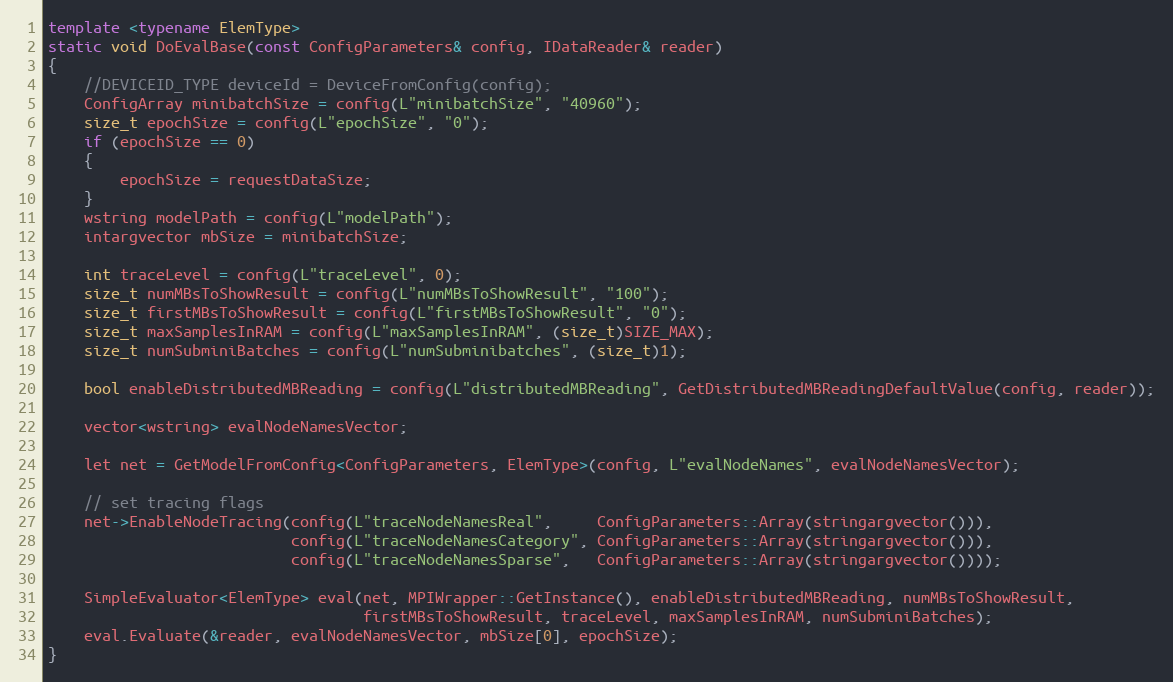
Language: C++
template <typename ElemType>
static void DoEvalBase(const ConfigParameters& config, IDataReader& reader)
{
    //DEVICEID_TYPE deviceId = DeviceFromConfig(config);
    ConfigArray minibatchSize = config(L"minibatchSize", "40960");
    size_t epochSize = config(L"epochSize", "0");
    if (epochSize == 0)
    {
        epochSize = requestDataSize;
    }
    wstring modelPath = config(L"modelPath");
    intargvector mbSize = minibatchSize;

    int traceLevel = config(L"traceLevel", 0);
    size_t numMBsToShowResult = config(L"numMBsToShowResult", "100");
    size_t firstMBsToShowResult = config(L"firstMBsToShowResult", "0");
    size_t maxSamplesInRAM = config(L"maxSamplesInRAM", (size_t)SIZE_MAX);
    size_t numSubminiBatches = config(L"numSubminibatches", (size_t)1);

    bool enableDistributedMBReading = config(L"distributedMBReading", GetDistributedMBReadingDefaultValue(config, reader));

    vector<wstring> evalNodeNamesVector;

    let net = GetModelFromConfig<ConfigParameters, ElemType>(config, L"evalNodeNames", evalNodeNamesVector);

    // set tracing flags
    net->EnableNodeTracing(config(L"traceNodeNamesReal",     ConfigParameters::Array(stringargvector())),
                           config(L"traceNodeNamesCategory", ConfigParameters::Array(stringargvector())),
                           config(L"traceNodeNamesSparse",   ConfigParameters::Array(stringargvector())));

    SimpleEvaluator<ElemType> eval(net, MPIWrapper::GetInstance(), enableDistributedMBReading, numMBsToShowResult,
                                   firstMBsToShowResult, traceLevel, maxSamplesInRAM, numSubminiBatches);
    eval.Evaluate(&reader, evalNodeNamesVector, mbSize[0], epochSize);
}